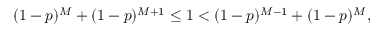
( 1 - p ) ^ { M } + ( 1 - p ) ^ { M + 1 } \leq 1 < ( 1 - p ) ^ { M - 1 } + ( 1 - p ) ^ { M } ,